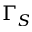
\Gamma _ { S }